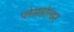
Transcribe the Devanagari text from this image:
प्लेसहोल्डर